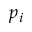
p _ { i }